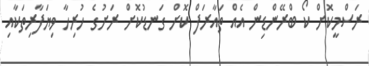
ރަސްމީކޮށް ކޯ ބްރޭންޑިން އެއް ތައާރަފް ކޮށް ގަނޑުކޮށް ރަށުގެ ހުރިހާ ވިޔަފާރިތަކާއި